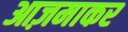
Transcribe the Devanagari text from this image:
आज़माकर